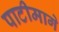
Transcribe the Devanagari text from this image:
पाटीमागे